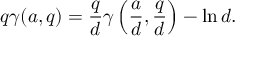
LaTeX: q \gamma ( a , q ) = { \frac { q } { d } } \gamma \left( { \frac { a } { d } } , { \frac { q } { d } } \right) - \ln d .